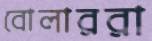
বোলাররা